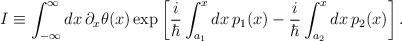
LaTeX: \begin{align*}I\equiv\int_{-\infty}^\infty dx\,\partial_x\theta(x) \exp\left[{i\over\hbar}\int_{a_1}^xdx\,p_1(x) -{i\over\hbar}\int_{a_2}^xdx\,p_2(x)\right].\end{align*}